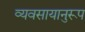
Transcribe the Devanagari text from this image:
व्यवसायानुरूप